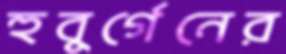
হুবুর্গেনের